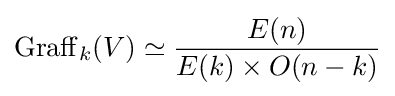
\mathrm {Graff} _{k}(V)\simeq {\frac {E(n)}{E(k)\times O(n-k)}}